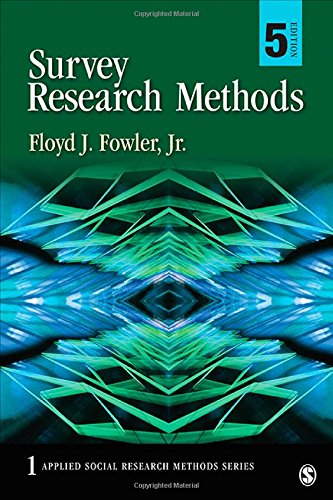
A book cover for Survey Research Methods (Applied Social Research Methods); Floyd J. Fowler; Politics & Social Sciences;